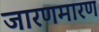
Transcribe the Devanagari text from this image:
जारणमारण